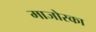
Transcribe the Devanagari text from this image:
माजोरका